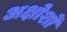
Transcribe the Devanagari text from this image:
अक्षोशों